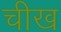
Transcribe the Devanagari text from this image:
चीख